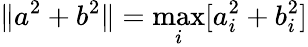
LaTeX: \| a^{2}+b^{2}\| =\operatorname*{max}_{i}[a_{i}^{2}+b_{i}^{2}]